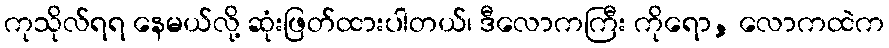
ကုသိုလ်ရရ နေမယ်လို့ ဆုံးဖြတ်ထားပါတယ်၊ ဒီလောကကြီး ကိုရော, လောကထဲက